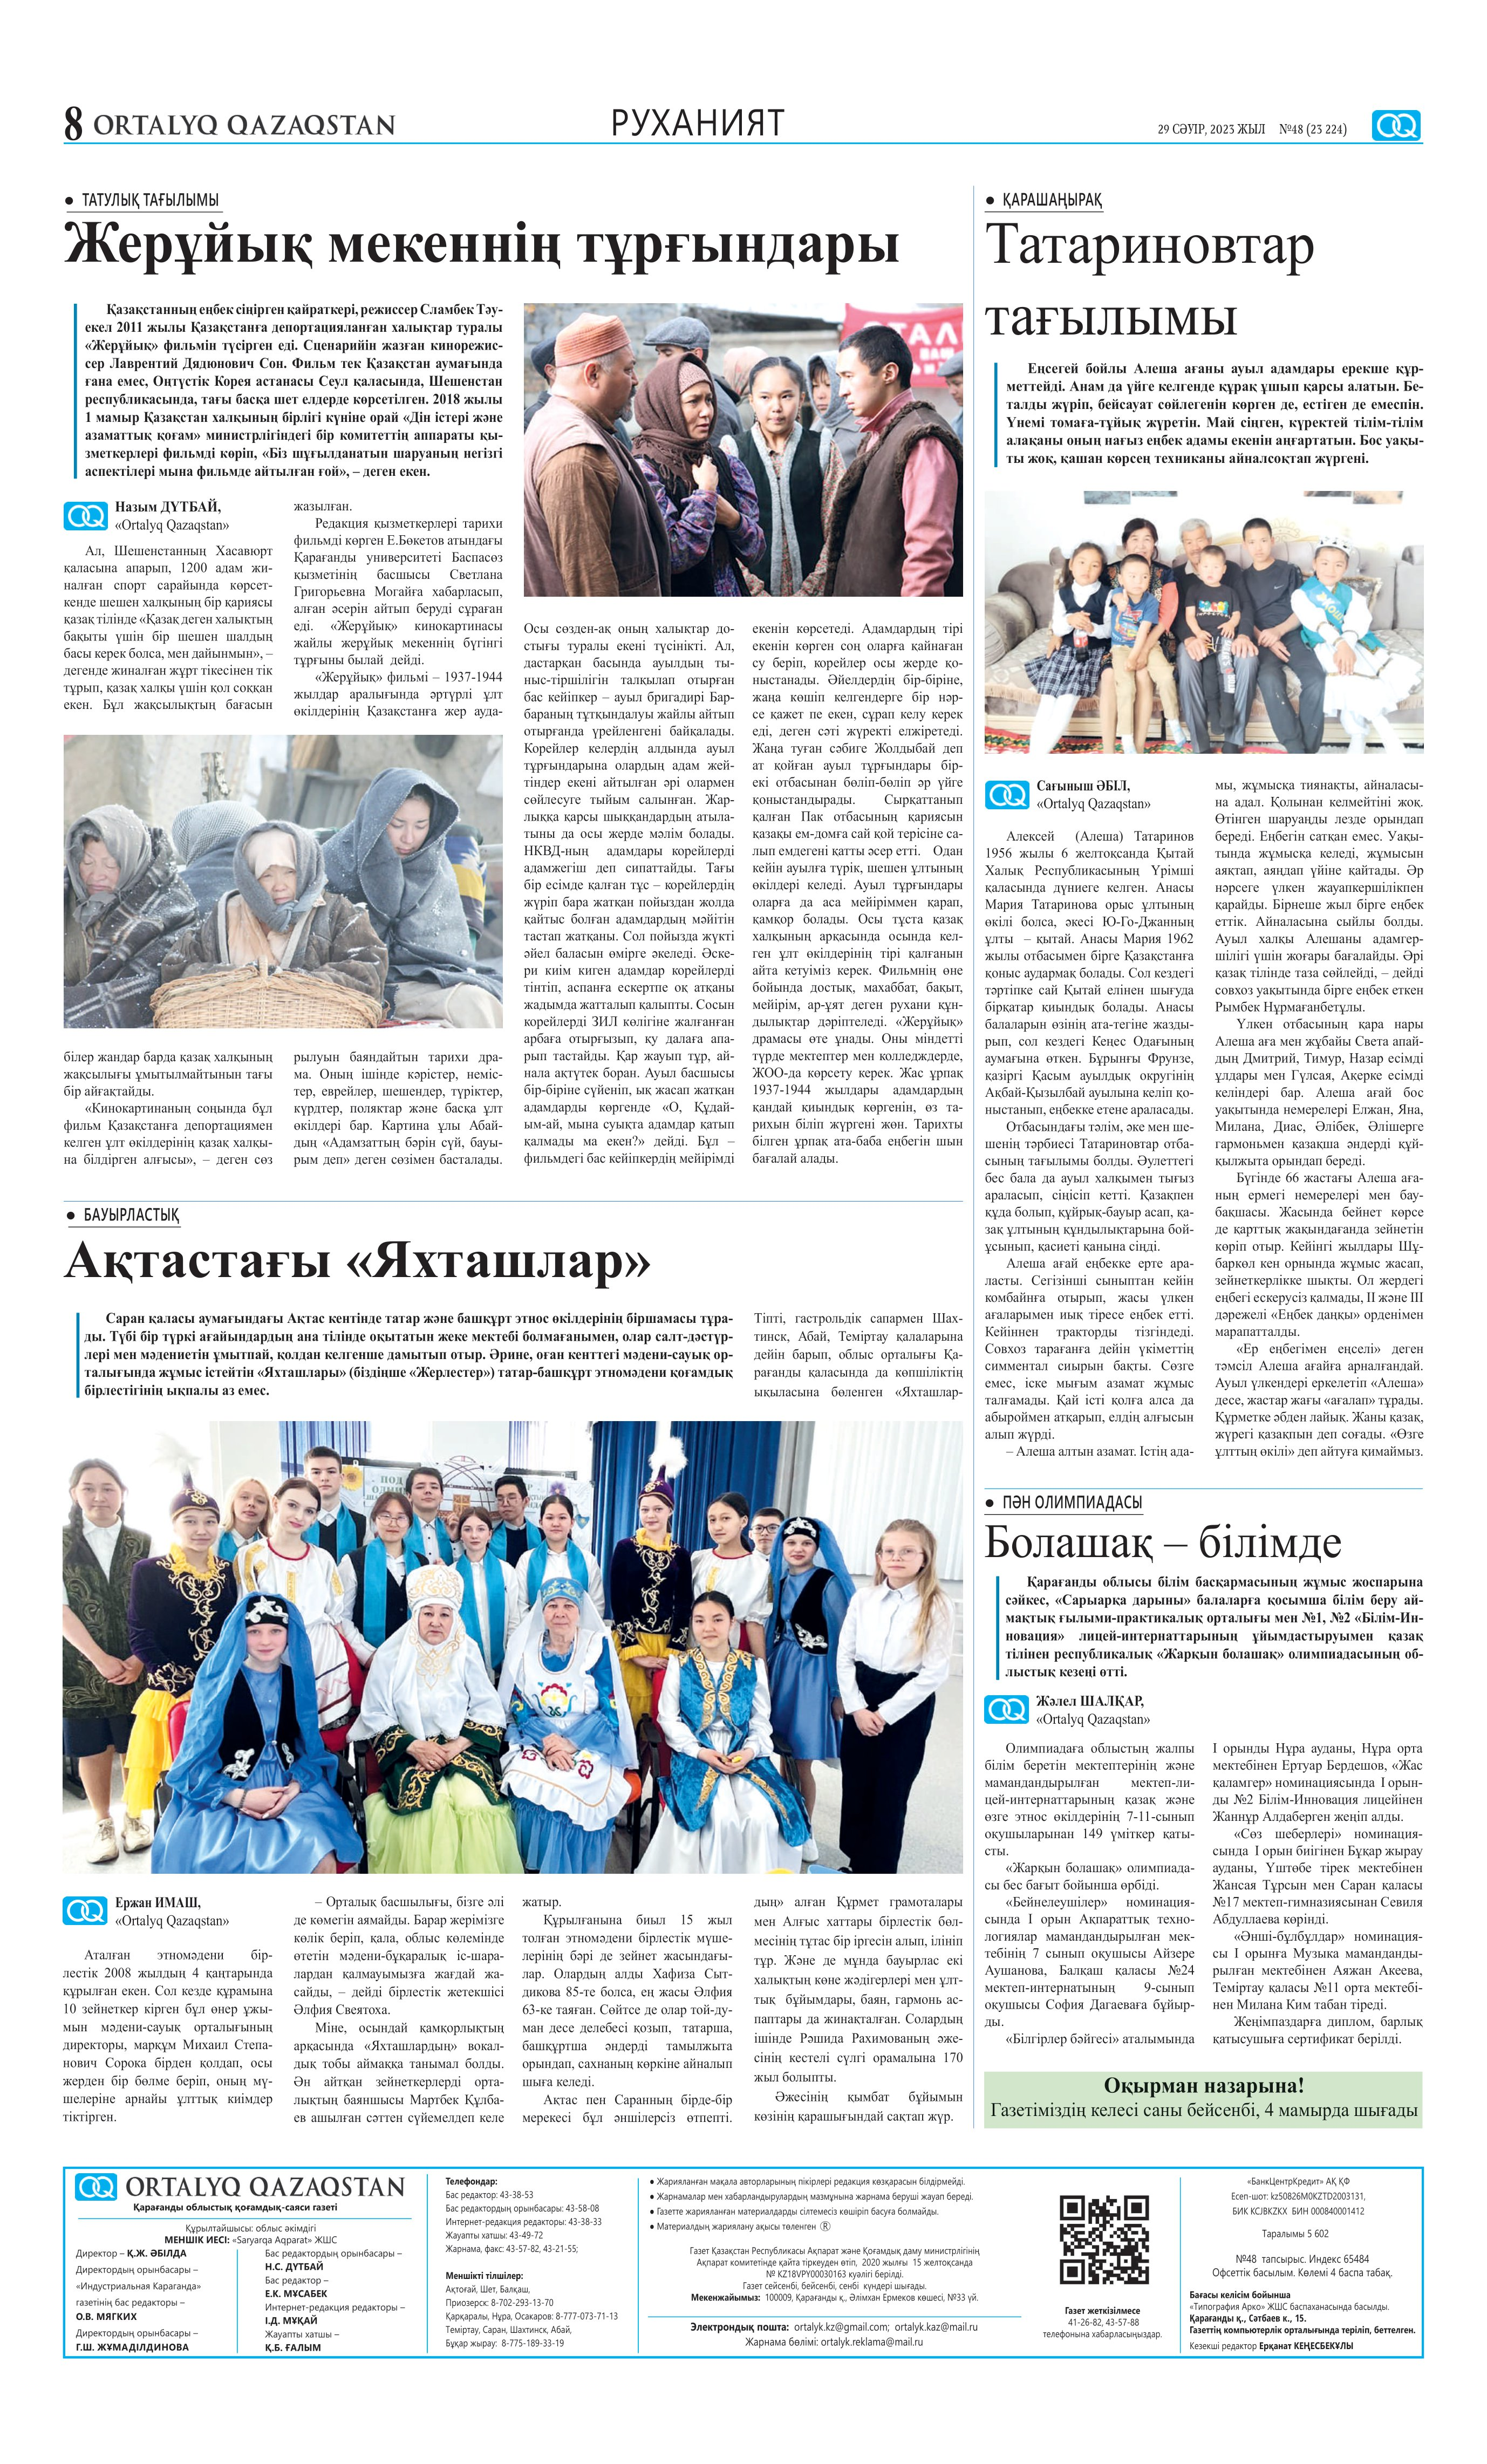
Language: kk